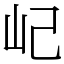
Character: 屺